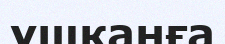
ұшқанға